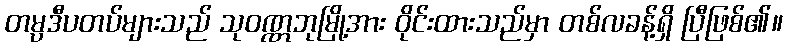
တမ္ပဒီပတပ်များသည် သုဝဏ္ဏဘုမြို့အား ဝိုင်းထားသည်မှာ တစ်လခန့်ရှိ ပြီဖြစ်၏။